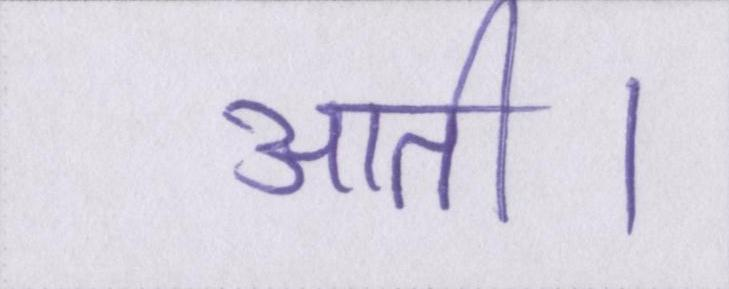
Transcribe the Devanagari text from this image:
आती।